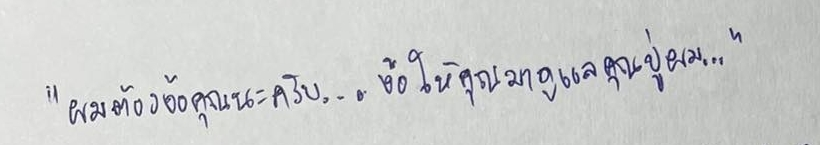
"ผมต้องง้อคุณนะครับ...ง้อให้คุณมาดูแลคุณปู่ผม..."